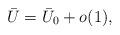
LaTeX: \begin{align*}\bar{U}=\bar{U}_0+o(1),\end{align*}